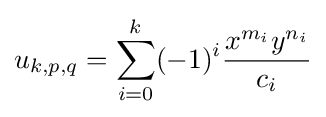
u_{k,p,q}=\sum _{i=0}^{k}(-1)^{i}{\frac {x^{m_{i}}y^{n_{i}}}{c_{i}}}